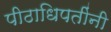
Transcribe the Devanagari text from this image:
पीठाधिपतींनी